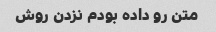
متن رو داده بودم نزدن روش